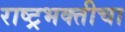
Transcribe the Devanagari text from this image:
राष्ट्रभक्तीचा